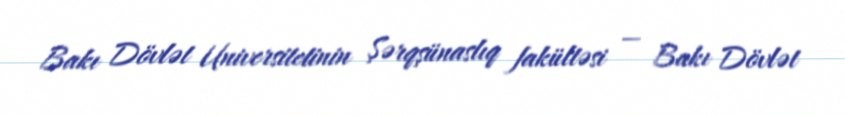
Bakı Dövlət Universitetinin Şərqşünaslıq fakültəsi — Bakı Dövlət